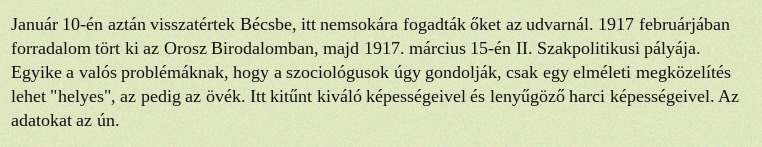
Január 10-én aztán visszatértek Bécsbe, itt nemsokára fogadták őket az udvarnál. 1917 februárjában forradalom tört ki az Orosz Birodalomban, majd 1917. március 15-én II. Szakpolitikusi pályája. Egyike a valós problémáknak, hogy a szociológusok úgy gondolják, csak egy elméleti megközelítés lehet "helyes", az pedig az övék. Itt kitűnt kiváló képességeivel és lenyűgöző harci képességeivel. Az adatokat az ún.